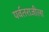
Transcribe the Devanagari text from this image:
पर्वतराजीला